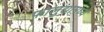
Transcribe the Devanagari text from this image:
फालुद्यामध्ये